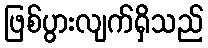
ဖြစ်ပွားလျက်ရှိသည်